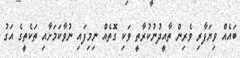
ބައެއް ވިޔަފާރި ވެރިން ތާއީދުނުކުރާތީ ވަކި ގޮތެއް ނިމިފައި ނުވާކަމަށާއި ތަކެތީގެ އަގު